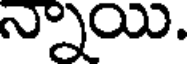
న్నాయి.